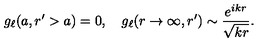
g _ { \ell } ( a , r ^ { \prime } > a ) = 0 , \quad g _ { \ell } ( r \rightarrow \infty , r ^ { \prime } ) \sim \frac { e ^ { i k r } } { \sqrt { k r } } .